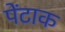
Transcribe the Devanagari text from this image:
पेंटाक